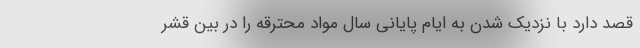
قصد دارد با نزدیک شدن به ایام پایانی سال مواد محترقه را در بین قشر